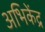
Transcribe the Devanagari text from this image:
अभिकेंद्र